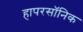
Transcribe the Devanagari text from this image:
हापरसॉनिक